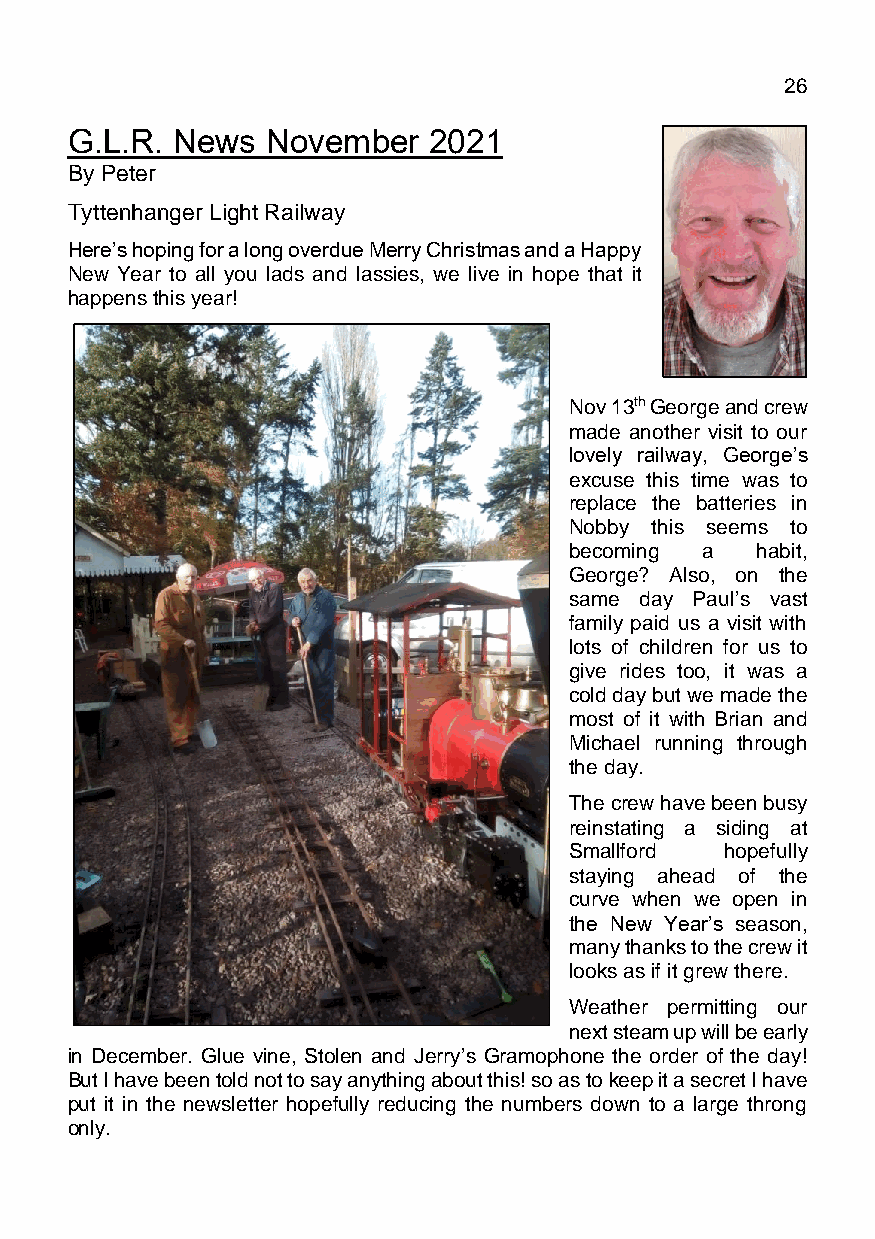
March 2021                                  Page 26
 G.L.R. News   November  2021
 By Peter Funk
 Tyttenhanger Light Railway
 Here’s hoping for a long overdue Merry Christmas and a Happy
 New Year to all you lads and lassies, we live in hope that it
 happens this year!
 Nov 13th George and crew
 made another visit to our
 lovely railway, George’s
 excuse this time was to
 replace the batteries in
 Nobby this seems to
 becoming a  habit,
 George? Also, on the
 same day Paul’s vast
 family paid us a visit with
 lots of children for us to
 give rides too, it was a
 cold day but we made the
 most of it with Brian and
 Michael running through
 the day.
 The crew have been busy
 reinstating a siding at
 Smallford hopefully
 staying ahead of the
 curve when we open in
 the New Year’s season,
 many thanks to the crew it
 looks as if it grew there.
 Weather permitting our
 next steam up will be early
 in December. Glue vine, Stolen and Jerry’s Gramophone the order of the day!
 But I have been told not to say anything about this! so as to keep it a secret I have
 put it in the newsletter hopefully reducing the numbers down to a large throng
 only.